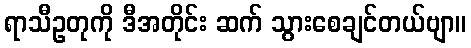
ရာသီဥတုကို ဒီအတိုင်း ဆက် သွားစေချင်တယ်ဗျာ။